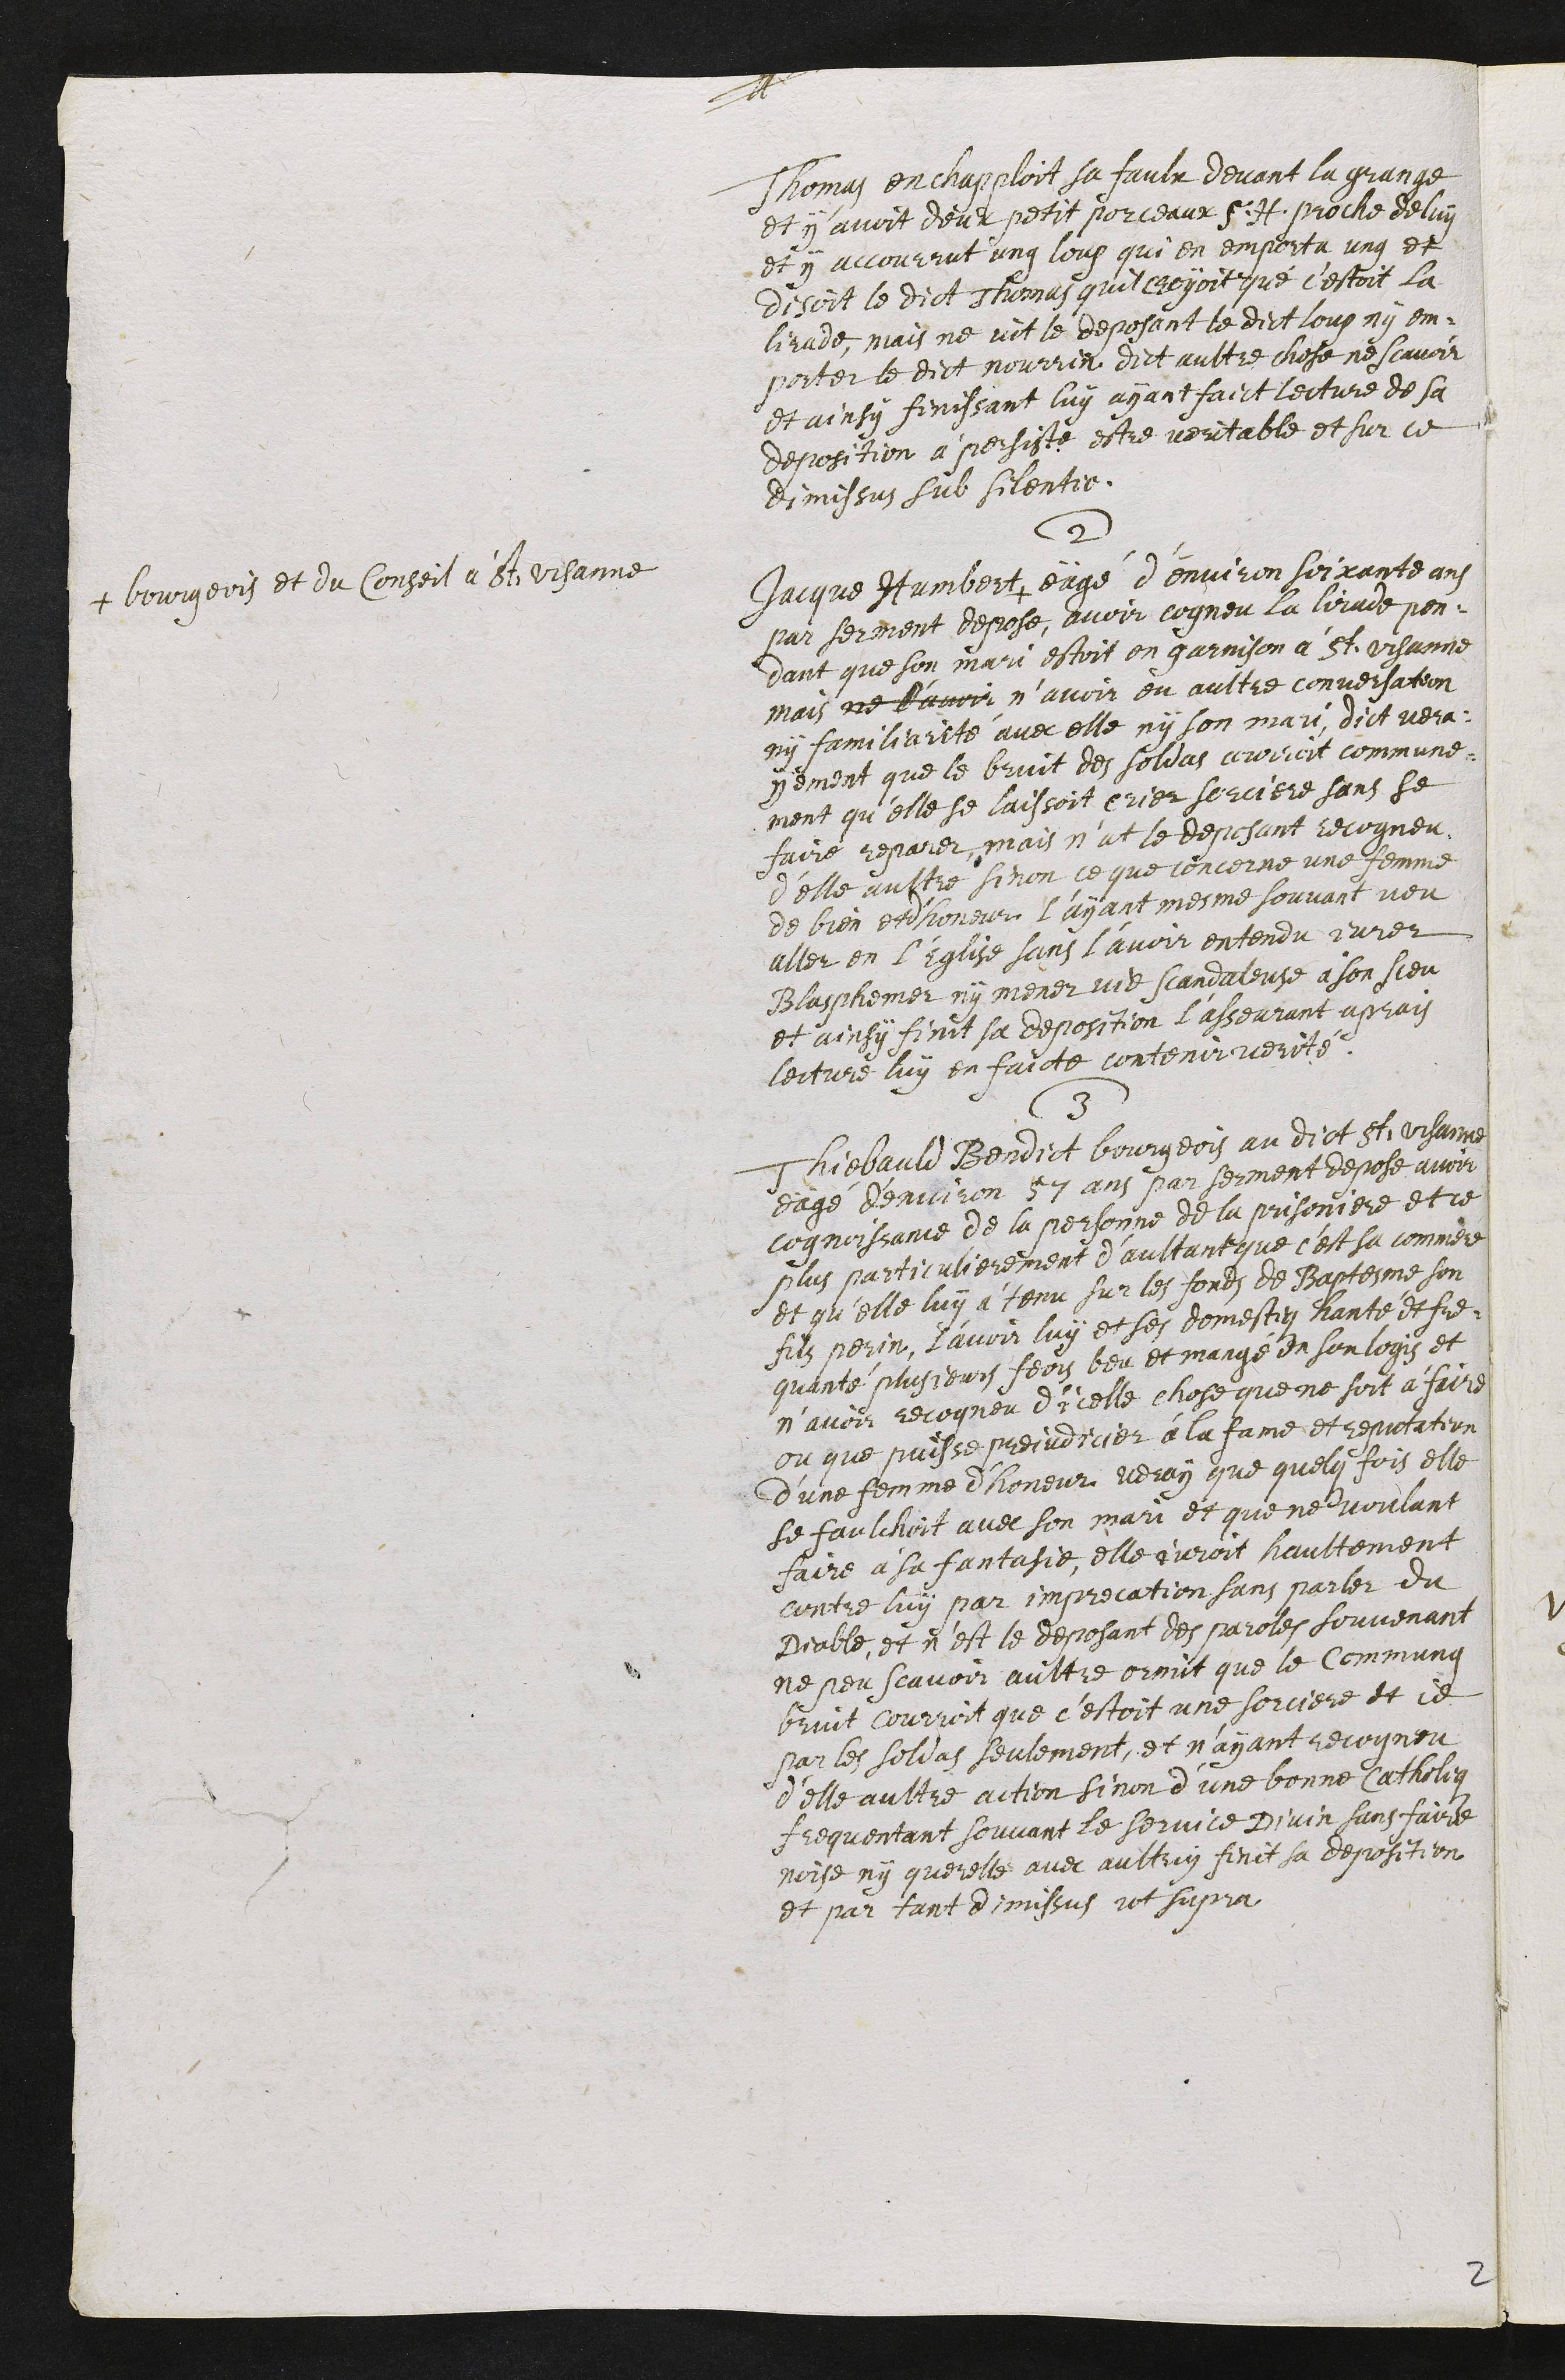
+
Thomas enchapplloit sa faulx devant la grange
et y avoit deux petit porceaux S. H. proche de lui
et y accourrut ung loup qui en emporta ung et
disoit le dict Thomas quil croyoit que c’estoit la
Lirade, mais ne vit le deposant le dict loup ny em¬
porter le dict nourrin dict aultre chose ne scavoir
et ainsy finissant luy ayant faict lecture de sa
deposition à persiste estre veritable et sur ce
dimissus sub silentio.
2
Jacque Humbert +
+ bourgeois et du Conseil a St. Ursanne
eägé d’environ soixante ans
par serment depose avoir cogneu la lirade pen¬-
dant que son mari estoit en garnison à St Ursanne
mais ne l'avoir n’avoir eu aultre conversation
ny familiarité avec elle ny son mari, dict vera¬
yement que le bruit des soldas courroit commune¬
ment qu'elle se laissoit crier sorciere sans se
faire reparer, mais n'at le deposant recogneu
d'elle aultre sinon ce que concerne une femme
de bien et d'honeur l'ayant mesme souvant veu
aller en l’Eglise sans l’avoir entendu jurer
Blasphemer, ny mener vie scandaleuse à son sceu
et ainsy finit sa deposition l’asseurant aprais
lecture luy en faicte contenir verité
3
Thiebauld Bendict bourgeois au dict St Ursanne
eagé d’environ 57 ans par serment depose avoir
cognoissance de la personne de la prisoniere et ce
plus particulierement d’aultant que c'est sa commere
et qu'elle luy a tenu sur les fonds de Baptesme son
fils perin, l'avoir luy et ses domestiq hanté et fre¬
quanté plusieurs feois beu et mangé en son logis et
n'avoir recogneu d'icelle chose que ne soit à faire
ou que puisse prejudicier à la fame et reputation
d’une femme d'honeur veray que quelq fois elle
se faulchoit avec son mari et que ne voulant
faire à sa fantasie, elle juroit haultement
contre luy par imprecation sans parler du
Diable, et n'est le deposant des paroles souvenant
ne peu scavoir aultre ormit que le commung
bruit courroit que c’estoit une sorciere et ce
par les soldas seulement, et n'ayant recogneu
d’elle aultre action sinon d'une bonne Catholiq
frequentant souvant le service Divin sans faire
noise ny querelle avec aultruy finit sa deposition
et par tant dimissus ut supra
2